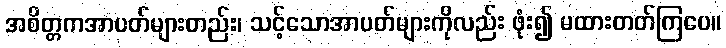
အစိတ္တကအာပတ်များတည်း၊ သင့်သောအာပတ်များကိုလည်း ဖုံး၍ မထားတတ်ကြပေ။